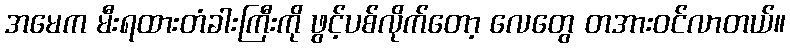
အမေက မီးရထားတံခါးကြီးကို ဖွင့်ပစ်လိုက်တော့ လေတွေ တအားဝင်လာတယ်။